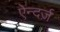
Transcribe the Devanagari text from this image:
ऐन्दर्ज़